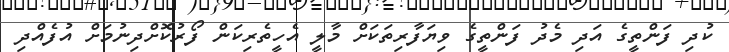
ކުދި ފަންތީގެ އަދި މެދު ފަންތީގެ ވިޔަފާރިތަކަށް މާލީ އެހީތެރިކަން ފޯރުކޮށްދިނުމަށް އުފެއްދި